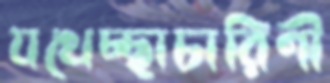
যথেচ্ছাচারিণী